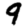
Digit: 9